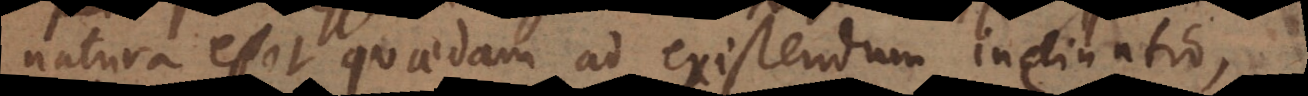
natura esset quaedam ad existendum inclinatio,